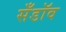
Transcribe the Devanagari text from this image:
सँडॉव